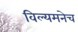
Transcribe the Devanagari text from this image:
विल्यमनेच